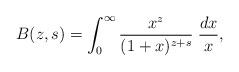
LaTeX: \begin{align*} B(z, s) = \int_0^\infty \frac{x^z}{(1 + x)^{z + s}} \; \frac{dx}{x},\end{align*}